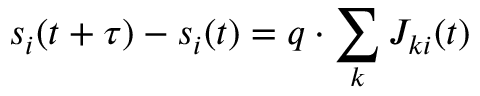
s _ { i } ( t + \tau ) - s _ { i } ( t ) = q \cdot \sum _ { k } J _ { k i } ( t )